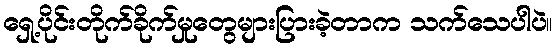
ရှေ့ပိုင်းတိုက်ခိုက်မှုတွေများပြားခဲ့တာက သက်သေပါပဲ။